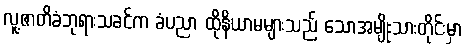
လူ့ဇာတိခံဘုရားသခင်က ခံပညာ ထိုနိယာမများသည် သောအမျိုးသားတိုင်းမှာ